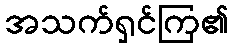
အသက်ရှင်ကြ၏